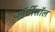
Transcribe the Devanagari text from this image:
कॉर्टीसॉल